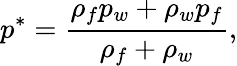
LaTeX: p^{*}=\frac{\rho_{f}p_{w}+\rho_{w}p_{f}}{\rho_{f}+\rho_{w}},